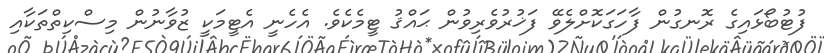
ފުޓުބޯޅައިގެ ރޮނގުން ފާހަގަކޮށްލެވޭ ފަޚުރުވެރިވުން ޙައްޤު ޓީމެކެވެ. އެހެނީ އެޓީމަކީ ޒުވާނުން މިސްކިތްތަކާއި